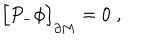
LaTeX: \Bigr [ P _ { - } \phi \Bigr ] _ { \partial M } = 0 \; ,